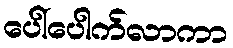
ပေါ်ပေါက်လာကာ